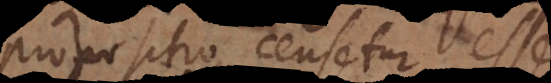
propositio, censetur esse